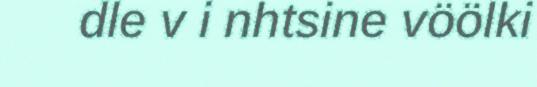
dle v i nhtsine vöölki